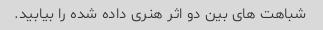
شباهت های بین دو اثر هنری داده شده را بیابید.